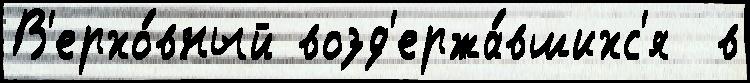
В'ерхо́вный возд'ержа́вшихс'я  в